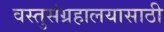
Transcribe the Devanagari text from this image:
वस्तुसंग्रहालयासाठी